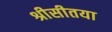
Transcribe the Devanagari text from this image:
श्रीसीतया